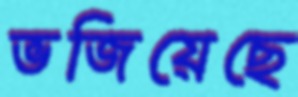
ভজিয়েছে